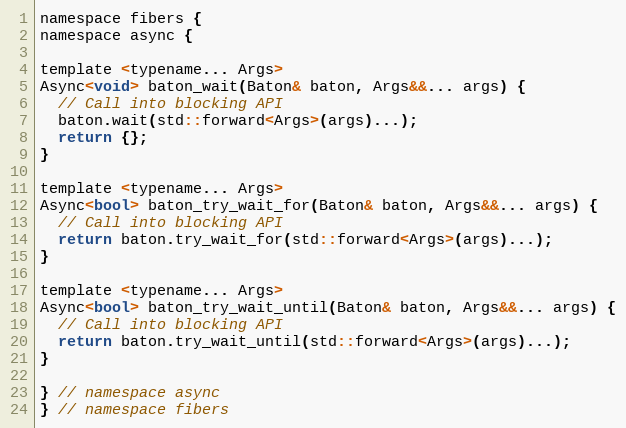
Language: C
namespace fibers {
namespace async {

template <typename... Args>
Async<void> baton_wait(Baton& baton, Args&&... args) {
  // Call into blocking API
  baton.wait(std::forward<Args>(args)...);
  return {};
}

template <typename... Args>
Async<bool> baton_try_wait_for(Baton& baton, Args&&... args) {
  // Call into blocking API
  return baton.try_wait_for(std::forward<Args>(args)...);
}

template <typename... Args>
Async<bool> baton_try_wait_until(Baton& baton, Args&&... args) {
  // Call into blocking API
  return baton.try_wait_until(std::forward<Args>(args)...);
}

} // namespace async
} // namespace fibers